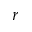
r